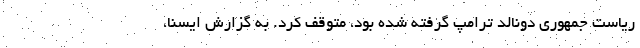
ریاست جمهوری دونالد ترامپ گرفته شده بود، متوقف کرد. به گزارش ایسنا،